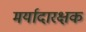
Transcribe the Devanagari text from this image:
मर्यादारक्षक